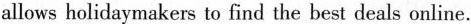
allows holidaymakers to find the best deals online.